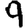
Digit: 9